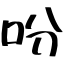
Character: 吩